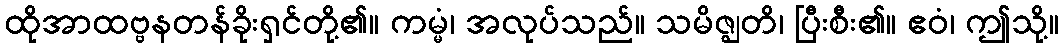
ထိုအာထဗ္ဗနတန်ခိုးရှင်တို့၏။ ကမ္မံ၊ အလုပ်သည်။ သမိဇ္ဈတိ၊ ပြီးစီး၏။ ဧဝံ၊ ဤသို့။